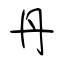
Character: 丹